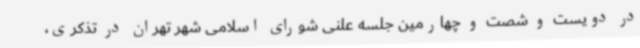
در دویست و شصت و چهارمین جلسه علنی شورای اسلامی شهر تهران در تذکری،